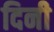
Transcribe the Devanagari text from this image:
दिनी